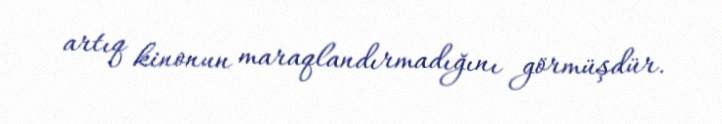
artıq kinonun maraqlandırmadığını görmüşdür.